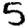
Digit: 5